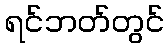
ရင်ဘတ်တွင်